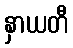
နှာယတီ